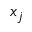
x _ { j }